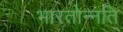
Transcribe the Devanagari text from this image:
भारतोन्नति